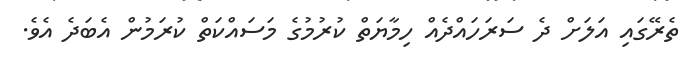
ތެރޭގައި އަލަށް ދެ ސަރަހައްދެއް ހިމާޔަތް ކުރުމުގެ މަސައްކަތް ކުރަމުން އެބަދެ އެވެ.